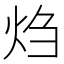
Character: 𬊂